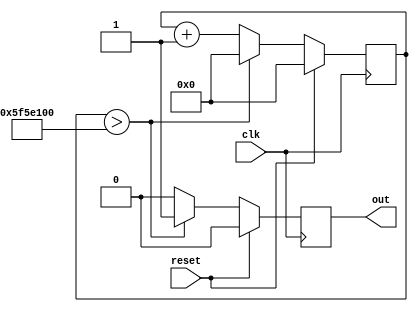
module clock_div #(
    parameter REFRESH = 100_000_000	// system clock in Hz
)(
	input clk, 
	input reset, 
	output reg out
);
   	reg [26:0] clk_per_sec;
	always @(posedge clk)begin 
		if(reset) begin
			clk_per_sec <= 0;
            out <= 0;
		end else begin
			if(clk_per_sec > (REFRESH)) begin  // every half a second the clock is flipped
				clk_per_sec <= 0;
                out <= 1;
			end
			else begin
				clk_per_sec <= clk_per_sec + 1;
                out <= 0;
			end
		end
    end 

endmodule